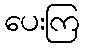
ပေးကြ